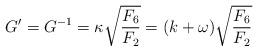
LaTeX: \begin{align*}G^\prime = G^{-1} = \kappa \sqrt{{F_6 \over F_2} } = (k + \omega) \sqrt{{F_6 \over F_2} }\end{align*}